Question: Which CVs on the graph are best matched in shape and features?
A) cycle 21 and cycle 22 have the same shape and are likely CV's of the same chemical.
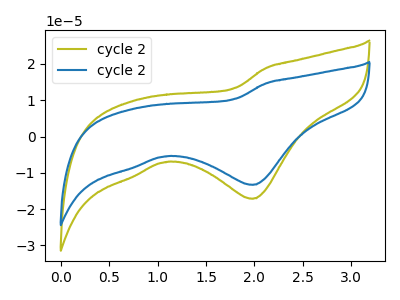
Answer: <think>The olive curve "cycle 21" has a cathodic peak at: (2.00V, -17.15uA). The blue curve "cycle 22" has a cathodic peak at: (2.00V, -13.30uA).
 All the peaks in "cycle 21" have a peak in "cycle 22" at the same potential. Every peak in "cycle 21" is higher than every peak in "cycle 22".</think>
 <answer>A) "cycle 21" and "cycle 22" have the same shape and are likely CV's of the same chemical.</answer>
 <eval>A</eval>